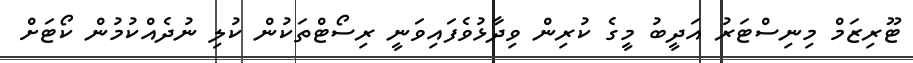
ޓޫރިޒަމް މިނިސްޓަރު އަދީބު މީގެ ކުރިން ވިދާޅުވެފައިވަނީ ރިސޯޓްތަކުން ކުލި ނުދެއްކުމުން ކޯޓަށް